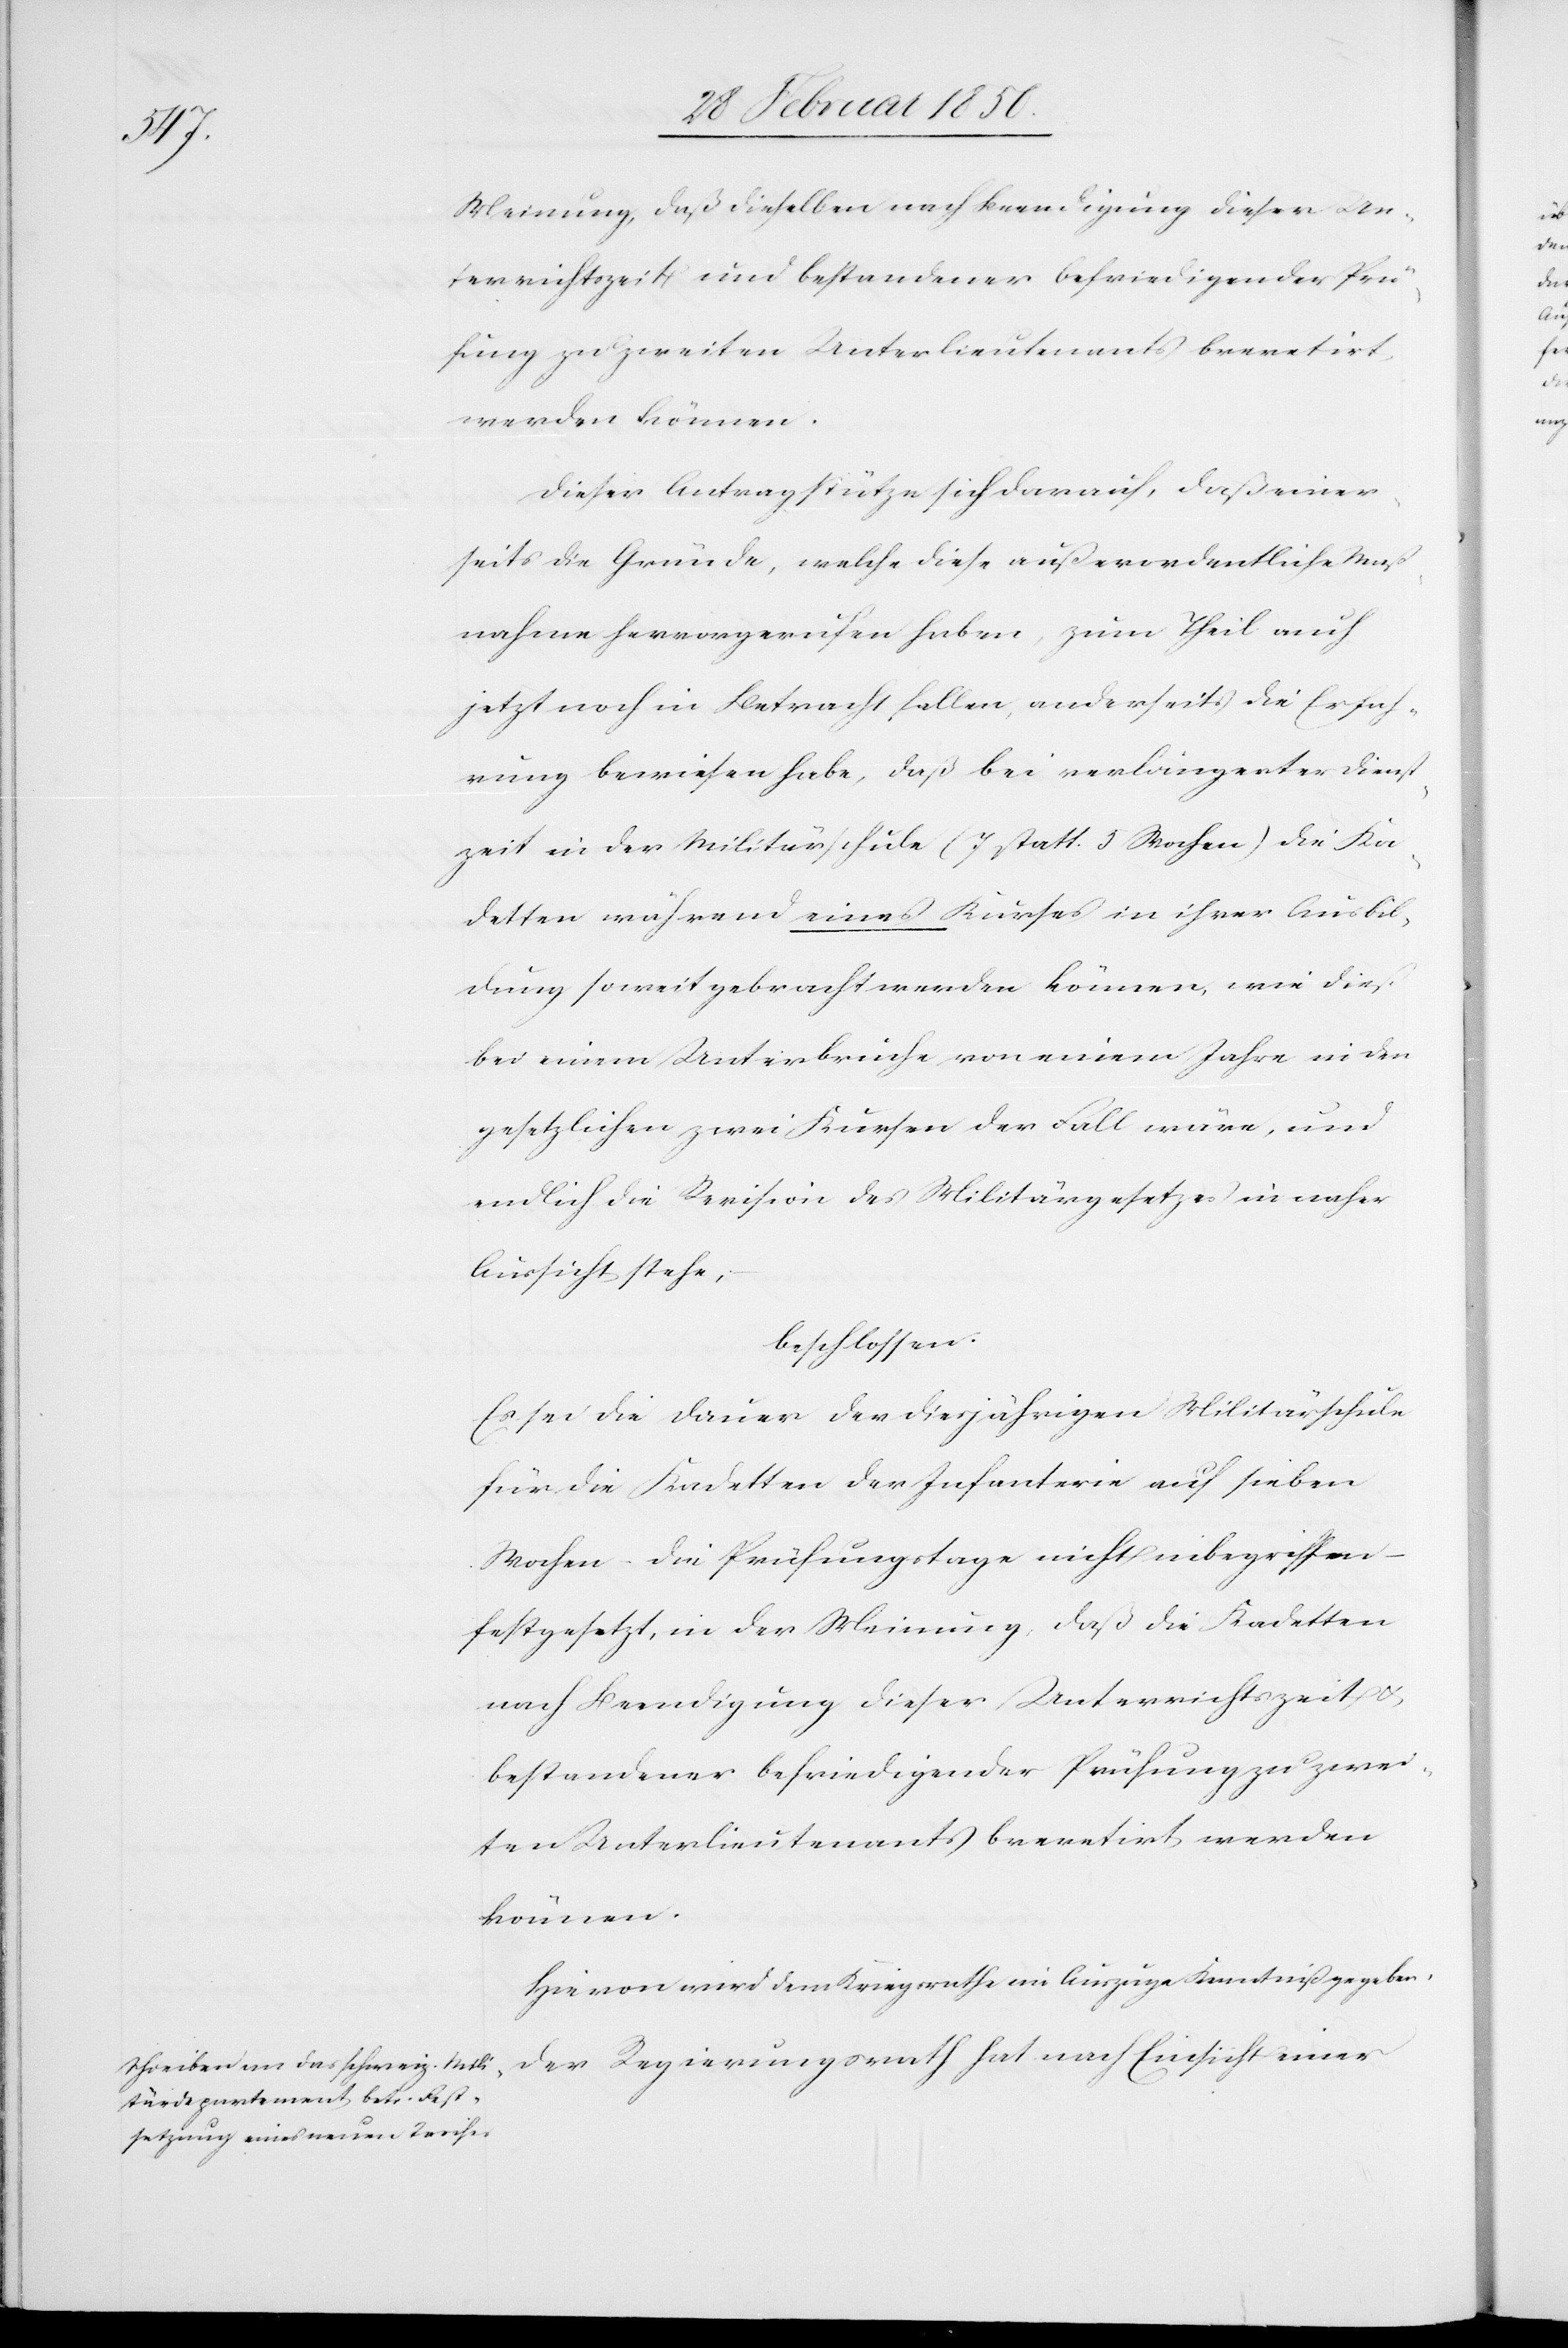
Meinung, daß dieselben nach Beendigung dieser Un¬
terrichtszeit und bestandener befriedigender Prü¬
fung zu zweiten Unterlieutenants brevetirt
werden können.
Dieser Antrag stütze sich darauf, daß einer¬
seits die Gründe, welche diese außerordentliche Maß¬
nahme hervorgerufen haben, zum Theil auch
jetzt noch in Betracht fallen, anderseits die Erfah¬
rung bewiesen habe, daß bei verlängerter Dienst¬
zeit in der Militärschule (7 statt 5 Wochen) die Ka¬
detten während eines Kurses in ihrer Ausbil¬
dung soweit gebracht werden können, wie dieß
bei einem Unterbruche von einem Jahre in den
gesetzlichen zwei Kursen der Fall wäre, und
endlich die Revision des Militärgesetzes in naher
Aussicht stehe,
beschloßen:
Es sei die Dauer der diesjährigen Militärschule
für die Kadetten der Infanterie auf sieben
Wochen – die Prüfungstage nicht inbegriffen
festgesetzt, in der Meinung, daß die Kadetten
nach Beendigung dieser Unterrichtszeit u.
bestandener befriedigender Prüfung zu zwei¬
ten Unterlieutenants brevetirt werden
können.
Hievon wird dem Kriegsrathe im Auszuge Kenntniß gegeben.
Der Regierungsrath hat nach Einsicht einer